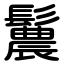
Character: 鬞